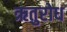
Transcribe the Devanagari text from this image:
ऋतुरोध